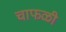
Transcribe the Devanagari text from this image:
चाफळी